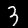
Digit: 3